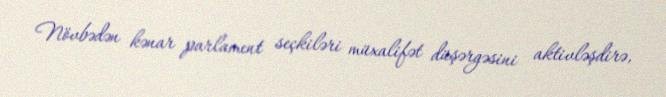
Növbədən kənar parlament seçkiləri müxalifət düşərgəsini aktivləşdirə,